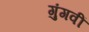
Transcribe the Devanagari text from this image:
गुंगवीं